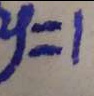
y = 1